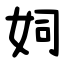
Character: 㚸